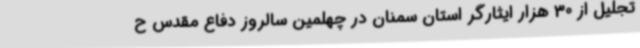
تجلیل از 30 هزار ایثارگر استان سمنان در چهلمین سالروز دفاع مقدس ح